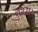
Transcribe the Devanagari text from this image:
तथ्य।